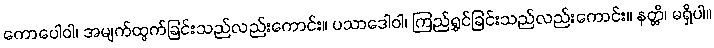
ကောပေါဝါ၊ အမျက်ထွက်ခြင်းသည်လည်းကောင်း။ ပသာဒေါဝါ၊ ကြည်ရွှင်ခြင်းသည်လည်းကောင်း။ နတ္ထိ၊ မရှိပါ။